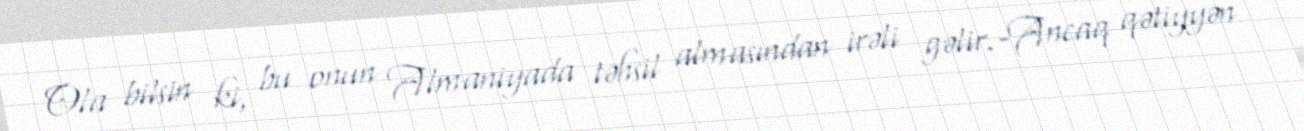
Ola bilsin ki, bu onun Almaniyada təhsil almasından irəli gəlir.-Ancaq qətiyyən